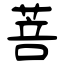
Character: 菩